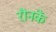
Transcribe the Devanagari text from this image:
रौनकें